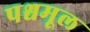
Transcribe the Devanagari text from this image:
पश्चमूल